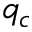
q _ { c }